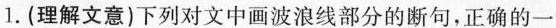
1.(理解文意)下列对文中画波浪线部分的断句，正确的一